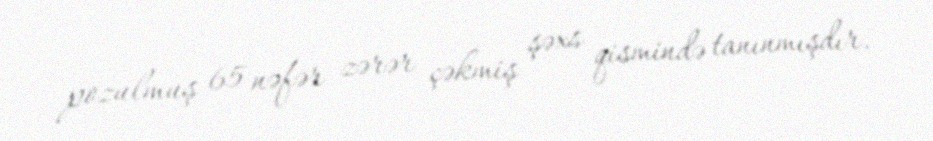
pozulmuş 65 nəfər zərər çəkmiş şəxs qismində tanınmışdır.